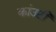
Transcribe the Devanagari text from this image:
कांउटी